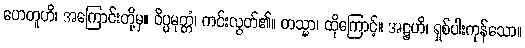
ဟေတူဟိ၊ အကြောင်းတို့မှ။ ဝိပ္ပမုတ္တံ၊ ကင်းလွတ်၏။ တသ္မာ၊ ထိုကြောင့်။ အဋ္ဌဟိ၊ ရှစ်ပါးကုန်သော။